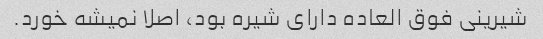
شیرینی فوق العاده دارای شیره بود، اصلا نمیشه خورد.